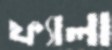
ফ্যালা